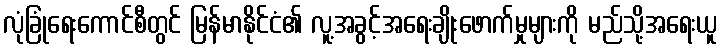
လုံခြုံရေးကောင်စီတွင် မြန်မာနိုင်ငံ၏ လူ့အခွင့်အရေးချိုးဖောက်မှုများကို မည်သို့အရေးယူ